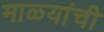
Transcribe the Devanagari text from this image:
माळ्यांची